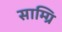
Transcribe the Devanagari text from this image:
साम्ग्रि